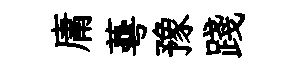
庸蕚豫踐